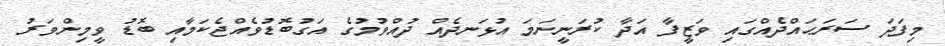
މިފަދަ ސަރަޙައްދެއްގައި ވަޒީފާ އަދާ ކުރަނީނަމަ އުޅަނދެއް ދުއްވުމުގެ އަގުބޮޑުވެއްޖެކަމާއި ބޮޑު ވީމިންވަރު